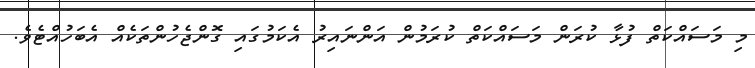
މި މަސައްކަތް ފުޅާ ކުރަން މަސައްކަތް ކުރަމުން އަންނައިރު އެކަމުގައި ގޮންޖެހުންތަކެއް އެބަހުއްޓެވެ.